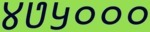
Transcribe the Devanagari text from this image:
४७५०००